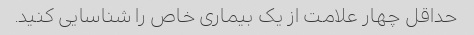
حداقل چهار علامت از یک بیماری خاص را شناسایی کنید.